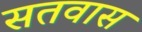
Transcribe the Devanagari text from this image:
सतवास